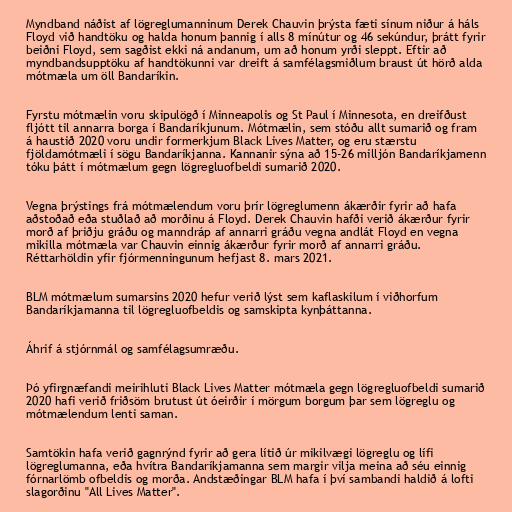
Myndband náðist af lögreglumanninum Derek Chauvin þrýsta fæti sínum niður á háls
Floyd við handtöku og halda honum þannig í alls 8 mínútur og 46 sekúndur, þrátt fyrir
beiðni Floyd, sem sagðist ekki ná andanum, um að honum yrði sleppt. Eftir að
myndbandsupptöku af handtökunni var dreift á samfélagsmiðlum braust út hörð alda
mótmæla um öll Bandaríkin.

Fyrstu mótmælin voru skipulögð í Minneapolis og St Paul í Minnesota, en dreifðust
fljótt til annarra borga í Bandaríkjunum. Mótmælin, sem stóðu allt sumarið og fram
á haustið 2020 voru undir formerkjum Black Lives Matter, og eru stærstu
fjöldamótmæli í sögu Bandaríkjanna. Kannanir sýna að 15-26 milljón Bandaríkjamenn
tóku þátt í mótmælum gegn lögregluofbeldi sumarið 2020.

Vegna þrýstings frá mótmælendum voru þrír lögreglumenn ákærðir fyrir að hafa
aðstoðað eða stuðlað að morðinu á Floyd. Derek Chauvin hafði verið ákærður fyrir
morð af þriðju gráðu og manndráp af annarri gráðu vegna andlát Floyd en vegna
mikilla mótmæla var Chauvin einnig ákærður fyrir morð af annarri gráðu.
Réttarhöldin yfir fjórmenningunum hefjast 8. mars 2021.

BLM mótmælum sumarsins 2020 hefur verið lýst sem kaflaskilum í viðhorfum
Bandaríkjamanna til lögregluofbeldis og samskipta kynþáttanna.

Áhrif á stjórnmál og samfélagsumræðu.

Þó yfirgnæfandi meirihluti Black Lives Matter mótmæla gegn lögregluofbeldi sumarið
2020 hafi verið friðsöm brutust út óeirðir í mörgum borgum þar sem lögreglu og
mótmælendum lenti saman.

Samtökin hafa verið gagnrýnd fyrir að gera lítið úr mikilvægi lögreglu og lífi
lögreglumanna, eða hvítra Bandaríkjamanna sem margir vilja meina að séu einnig
fórnarlömb ofbeldis og morða. Andstæðingar BLM hafa í því sambandi haldið á lofti
slagorðinu "All Lives Matter".